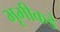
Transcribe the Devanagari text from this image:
भूमीकडे